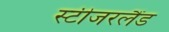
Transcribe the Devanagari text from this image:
स्टीजरलैंड